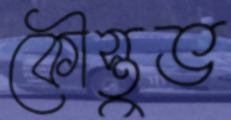
কৌস্তুভ